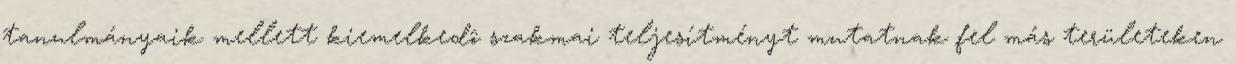
tanulmányaik mellett kiemelkedô szakmai teljesítményt mutatnak fel más területeken